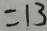
= 1 3